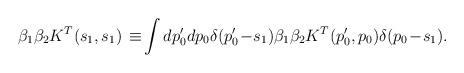
LaTeX: \begin{align*}\beta_1\beta_2K^{T}(s_1,s_1)\,\equiv \!\int dp_0'dp_0\delta(p'_0\! -\!s_1)\beta_1\beta_2K^T(p_0',p_0)\delta(p_0\!-\!s_1).\end{align*}